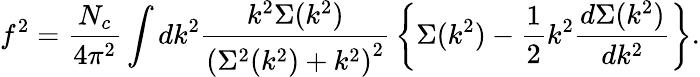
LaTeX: f^{2}={\frac{N_{c}}{4\pi^{2}}}\int dk^{2}{\frac{k^{2}\Sigma(k^{2})}{\left(\Sigma^{2}(k^{2})+k^{2}\right)^{2}}}\left\{ \Sigma(k^{2})-{\frac{1}{2}}k^{2}{\frac{d\Sigma(k^{2})}{dk^{2}}}\right\} .